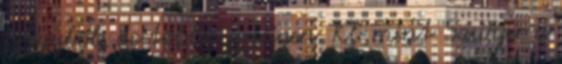
is egyből, de többnyire igen. Kb mint Sawyer a